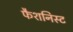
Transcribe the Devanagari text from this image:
फैशनिस्ट